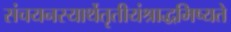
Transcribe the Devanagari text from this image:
संचयनस्यार्थेतृतीयंश्राद्धमिष्यते